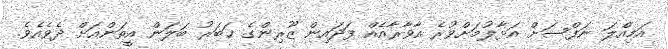
އަމިއްލަ ނަފްސަށް އަޅާލުމަށްވުރެ އާވާރާއެއް ފަދައިން ޒޫރިންގެ ޚަބަރު ބަލަން އީތަންއަށް ދެވެއެވެ.